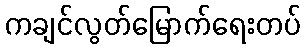
ကချင်လွတ်မြောက်ရေးတပ်